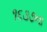
૧૬૩૭ના